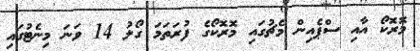
މޮރޮކޯ އާއި ސްޕެއިން މެޗުގައި މޮރޮކޯގެ ފުރަތަމަ ގޯލު 14 ވަނަ މިނެޓުގައި